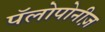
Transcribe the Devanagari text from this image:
पॅलोपोनीज़